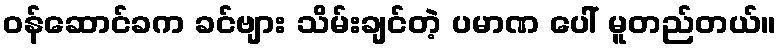
ဝန်ဆောင်ခက ခင်ဗျား သိမ်းချင်တဲ့ ပမာဏ ပေါ် မူတည်တယ်။